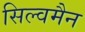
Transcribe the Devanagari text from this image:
सिल्वमैन